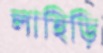
লাহিড়ি